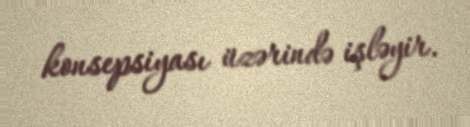
konsepsiyası üzərində işləyir.